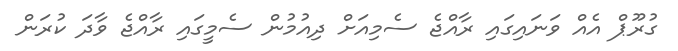
ގުރޫޕް އެއް ވަނައިގައި ރާއްޖެ ސެމިއަށް ދިއުމުން ސެމީގައި ރާއްޖެ ވާދަ ކުރަން